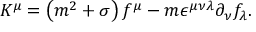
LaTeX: K ^ { \mu } = \left( m ^ { 2 } + \sigma \right) f ^ { \mu } - m \epsilon ^ { \mu \nu \lambda } \partial _ { \nu } f _ { \lambda } .